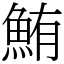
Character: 鮪